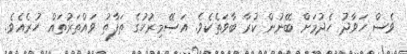
ވެސް ހަވާދު ހެދުމަށް ބޭނުން ކުރާ ބާވަތެކެވެ. އަސޭމިރުހުގެ ތަފާތު ވައްތަރުތައް ހުރެއެވެ.